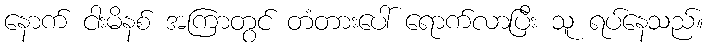
နောက် ငါးမိနစ် အကြာတွင် တံတားပေါ် ရောက်လာပြီး သူ ရပ်နေသည်။